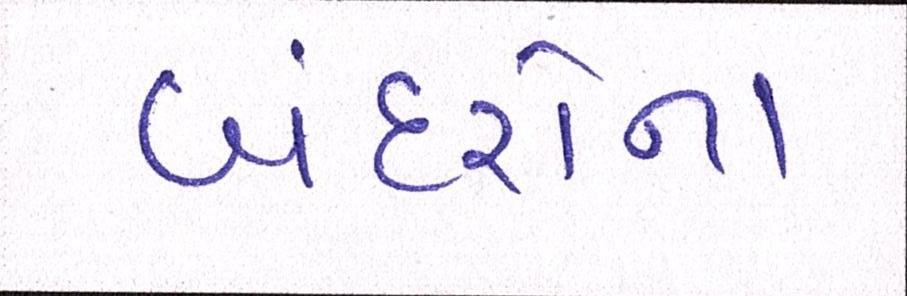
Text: બંદરોના